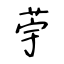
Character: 荢